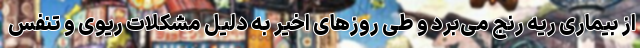
از بیماری ریه رنج می‌برد و طی روزهای اخیر به دلیل مشکلات ریوی و تنفس